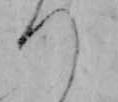
つ